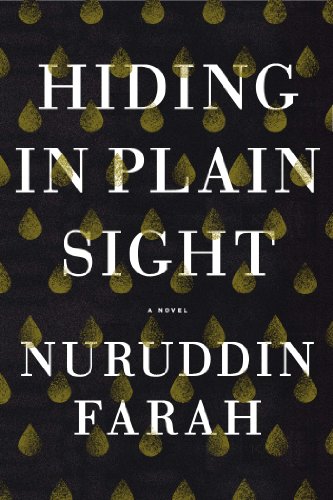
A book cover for Hiding in Plain Sight: A Novel; Nuruddin Farah; Literature & Fiction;